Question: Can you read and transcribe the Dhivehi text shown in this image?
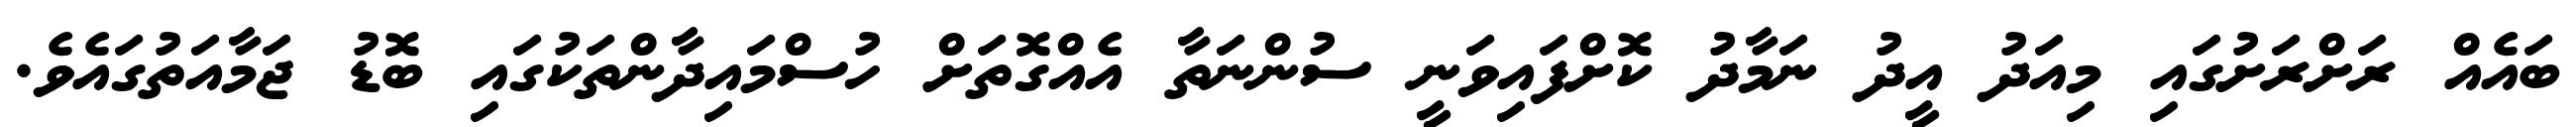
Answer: ބައެއް ރަށްރަށުގައި މިއަދު އީދު ނަމާދު ކޮށްފައިވަނީ ސުންނަތާ އެއްގޮތަށް ހުސްމައިދާންތަކުގައި ބޮޑު ޖަމާއަތުގައެވެ.